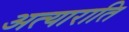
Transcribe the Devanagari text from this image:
अत्याराति